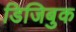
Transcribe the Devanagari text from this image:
डिजिबुक